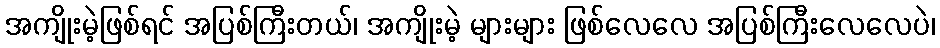
အကျိုးမဲ့ဖြစ်ရင် အပြစ်ကြီးတယ်၊ အကျိုးမဲ့ များများ ဖြစ်လေလေ အပြစ်ကြီးလေလေပဲ၊